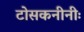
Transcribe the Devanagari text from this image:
टोसकनीनीः